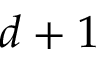
d + 1